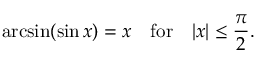
\arcsin ( \sin x ) = x \quad { \mathrm { f o r } } \quad | x | \leq { \frac { \pi } { 2 } } .